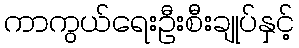
ကာကွယ်ရေးဦးစီးချုပ်နှင့်